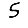
Digit: 5